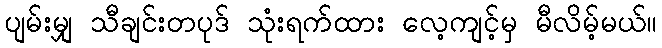
ပျမ်းမျှ သီချင်းတပုဒ် သုံးရက်ထား လေ့ကျင့်မှ မီလိမ့်မယ်။